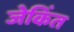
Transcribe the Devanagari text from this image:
जेकिंत